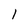
Character: 1